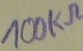
Text: 100KΩ